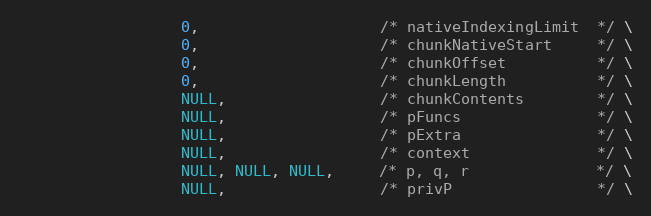
Language: C
                  0,                    /* nativeIndexingLimit  */ \
                  0,                    /* chunkNativeStart     */ \
                  0,                    /* chunkOffset          */ \
                  0,                    /* chunkLength          */ \
                  NULL,                 /* chunkContents        */ \
                  NULL,                 /* pFuncs               */ \
                  NULL,                 /* pExtra               */ \
                  NULL,                 /* context              */ \
                  NULL, NULL, NULL,     /* p, q, r              */ \
                  NULL,                 /* privP                */ \